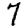
Digit: 7